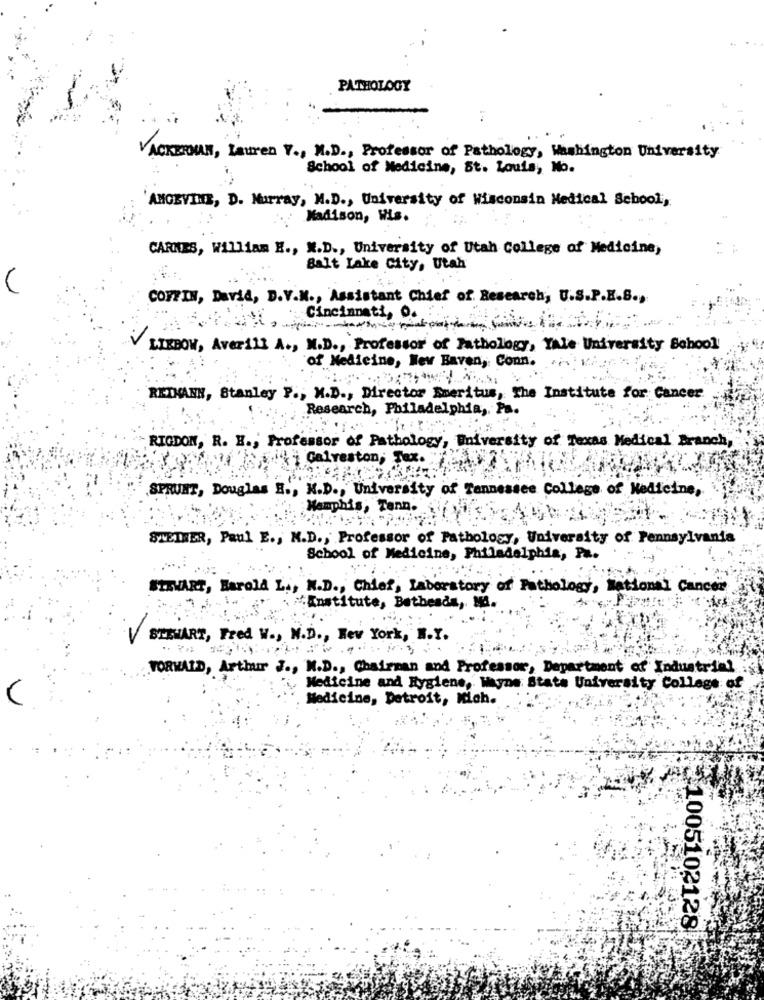
PATHOLOGY
VACKERMAN, Lauren Y ., M.D ., Professor of Pathology, Washington University
School of Medicine, St. Louis, No.
ANGEVINE, D. Murray, M.D ., University of Wisconsin Medical School,
Madison, Wis.
CARNES, William H ., X.D ., University of Utah College of Medicine,
Salt Lake City, Utah
COFFIN, David, D.V.M ., Assistant Chief of Research, U.S.P.E.S .,
Cincinnati, O.
LIEBOW, Averill A ., M.D ., Professor of Pathology, Yale University School
of Medicine, Nev Baven, Conn.
RETMANN, Stanley P ., M.D ., Director Emeritus, The Institute for Cancer
Research, Philadelphia, Pa
"RIGDON, R. H ., Professor of Pathology, University of Texas Medical Branch,
di Galveston, Tax.
.SPRUET, Douglas B ., K.D ., University of Tennessee College of Medicine,
Memphis, Tenn.
STETHER, Paul E ., M.D ., Professor of Pathology, University of Pennsylvania
School of Medicine, Philadelphia, Pa.
STEWART, Harold L ., N.D ., Chief, Laboratory of Pathology, National Cancer
"Institute, Bethesda, Mi.
STEWART, Fred W ., N.D ., New York, B.Y.
FORMAID, Arthur J ., M.D ., Chairman and Professor, Department of Industrial
Medicine and Hygiene, Wayne State University College of
V
Medicine, Detroit, Mah.
21005102128